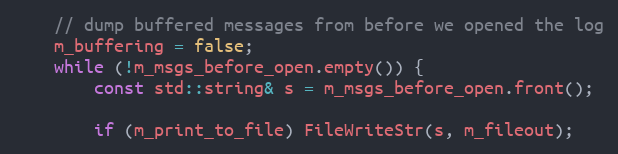
Language: C++
    // dump buffered messages from before we opened the log
    m_buffering = false;
    while (!m_msgs_before_open.empty()) {
        const std::string& s = m_msgs_before_open.front();

        if (m_print_to_file) FileWriteStr(s, m_fileout);